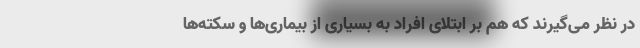
در نظر می‌گیرند که هم بر ابتلای افراد به بسیاری از بیماری‌ها و سکته‌ها